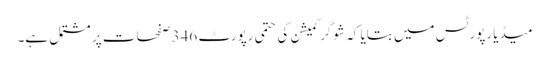
میڈیا رپورٹس میں بتایا کہ شوگر کمیشن کی حتمی رپورٹ 346 صفحات پر مشتمل ہے۔